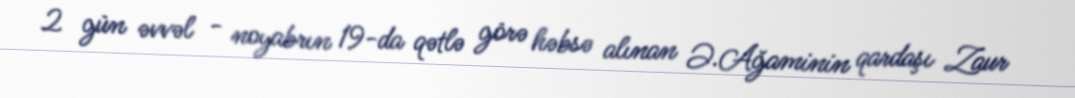
2 gün əvvəl - noyabrın 19-da qətlə görə həbsə alınan Ə.Ağaminin qardaşı Zaur